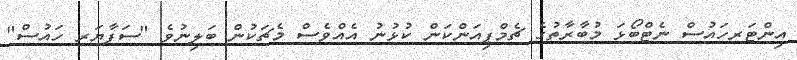
އިންޓަރހައުސް ނެޓްބޯޅަ މުބާރާތުގެ ޗެމްޕިއަންކަން ކުޅުނު އެއްވެސް މެޗަކުން ބަލިނުވެ "ސަފާޔަރ ހައުސް"